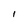
Character: I